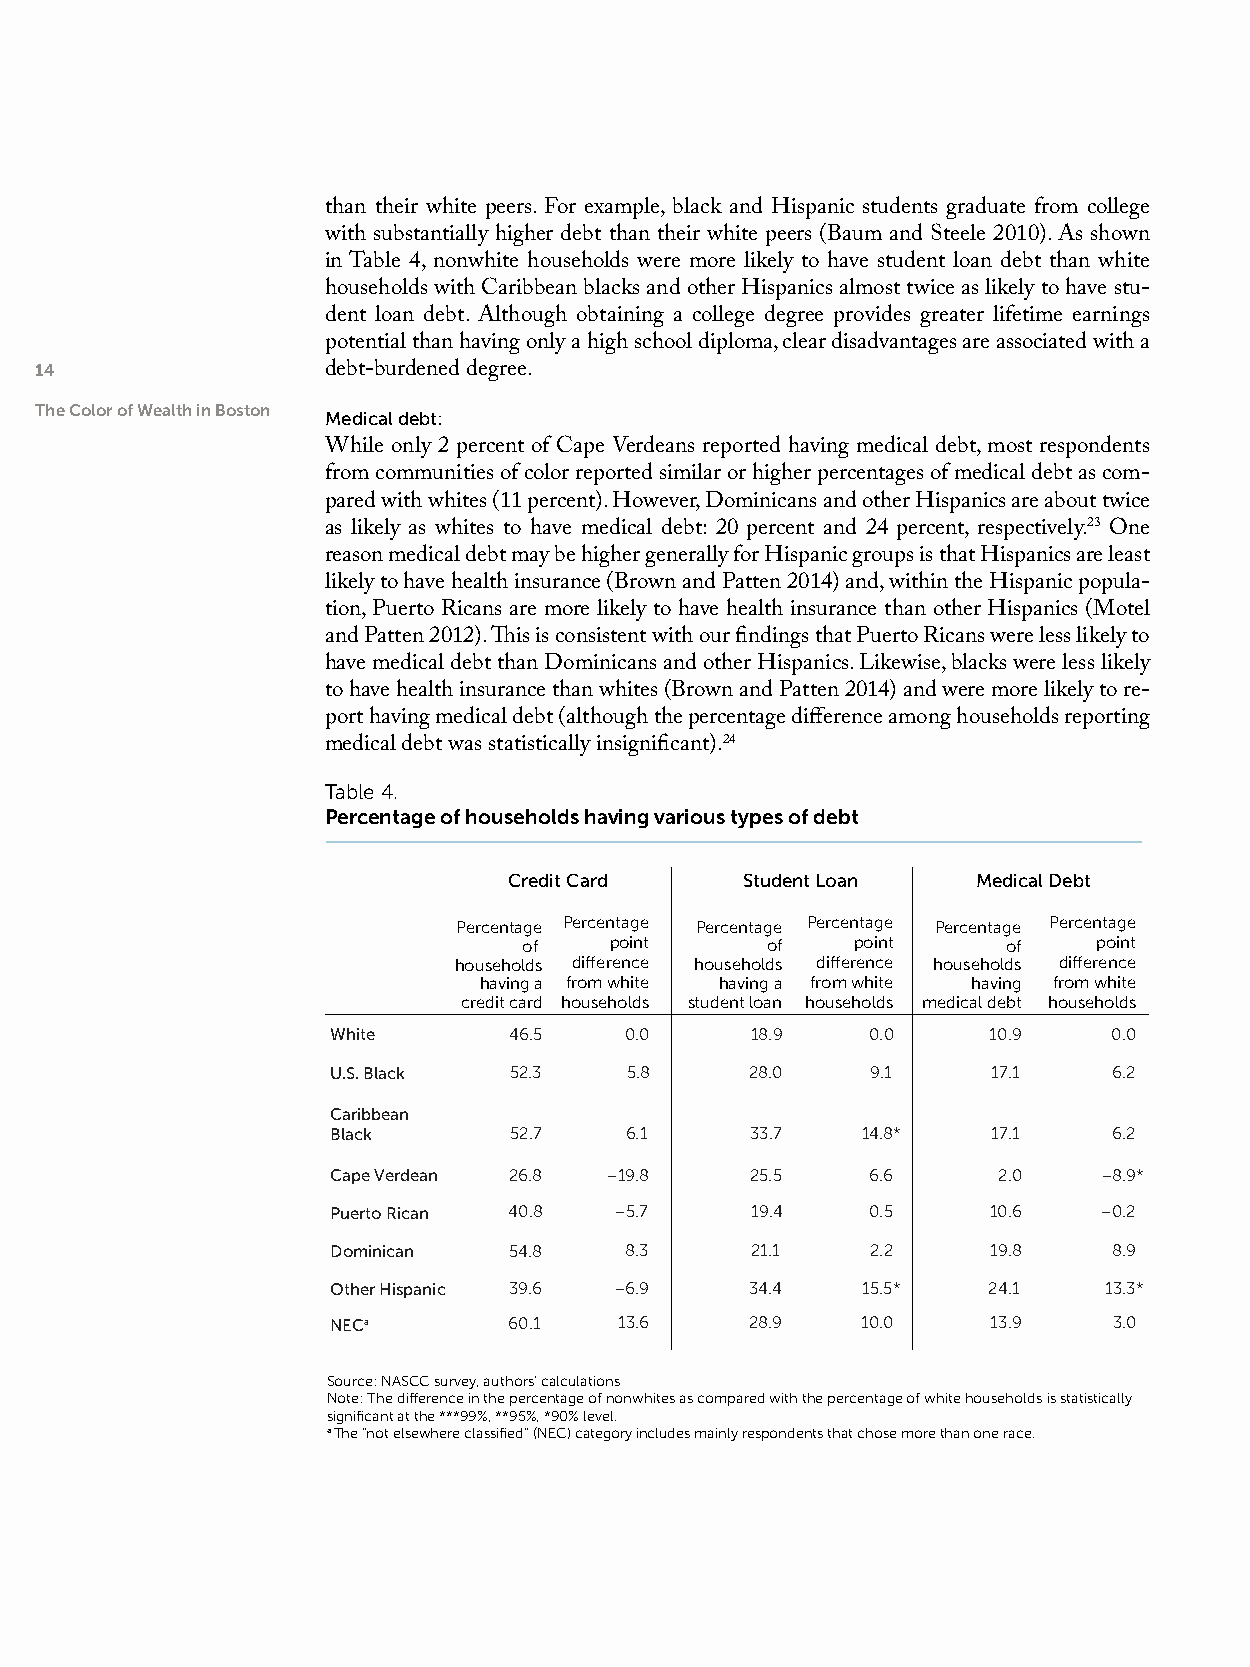
than their white peers. For example, black and Hispanic students graduate from college
 with substantially higher debt than their white peers (Baum and Steele 2010). As shown
 in Table 4, nonwhite households were more likely to have student loan debt than white
 households with Caribbean blacks and other Hispanics almost twice as likely to have stu-
 dent loan debt. Although obtaining a college degree provides greater lifetime earnings
 potential than having only a high school diploma, clear disadvantages are associated with a
 14                  debt-burdened degree.
 The Color of Wealth in Boston
 Medical debt:
 While only 2 percent of Cape Verdeans reported having medical debt, most respondents
 from communities of color reported similar or higher percentages of medical debt as com-
 pared with whites (11 percent). However, Dominicans and other Hispanics are about twice
 as likely as whites to have medical debt: 20 percent and 24 percent, respectively.23 One
 reason medical debt may be higher generally for Hispanic groups is that Hispanics are least
 likely to have health insurance (Brown and Patten 2014) and, within the Hispanic popula-
 tion, Puerto Ricans are more likely to have health insurance than other Hispanics (Motel
 and Patten 2012). This is consistent with our findings that Puerto Ricans were less likely to
 have medical debt than Dominicans and other Hispanics. Likewise, blacks were less likely
 to have health insurance than whites (Brown and Patten 2014) and were more likely to re-
 port having medical debt (although the percentage difference among households reporting
 medical debt was statistically insignificant).24
 Table 4.
 Percentage of households having various types of debt
 Credit Card    Student Loan    Medical Debt
 Percentage Percentage Percentage Percentage Percentage Percentage
 of   point      of    point     of    point
 households difference households difference households difference
 having a from white having a from white having from white
 credit card households student loan households medical debt households
 White       46.5   0.0      18.9    0.0     10.9    0.0
 U.S. Black  52.3    5.8     28.0    9.1     17.1    6.2
 Caribbean
 Black       52.7   6.1      33.7   14.8*    17.1    6.2
 Cape Verdean 26.8 –19.8     25.5    6.6     2.0    –8.9*
 Puerto Rican 40.8  –5.7     19.4    0.5     10.6   –0.2
 Dominican   54.8   8.3      21.1    2.2     19.8    8.9
 Other Hispanic 39.6 –6.9    34.4   15.5*   24.1    13.3*
 NECa        60.1   13.6     28.9   10.0     13.9    3.0
 Source: NASCC survey, authors’ calculations
 Note: The difference in the percentage of nonwhites as compared with the percentage of white households is statistically
 significant at the ***99%, **95%, *90% level.
 a The “not elsewhere classified” (NEC) category includes mainly respondents that chose more than one race.